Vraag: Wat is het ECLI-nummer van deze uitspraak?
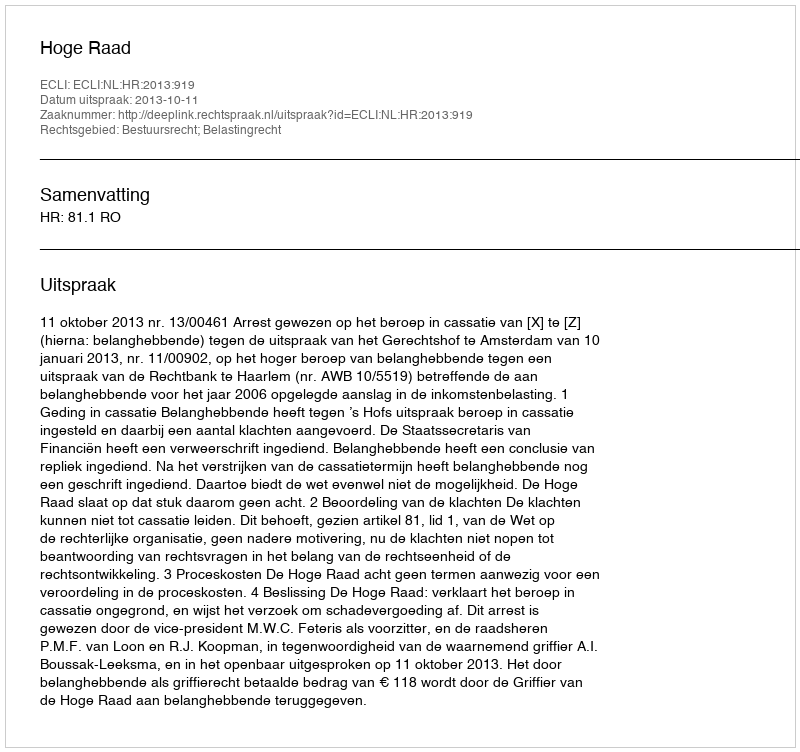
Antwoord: ECLI:NL:HR:2013:919